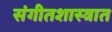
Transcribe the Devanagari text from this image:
संगीतशास्त्रात